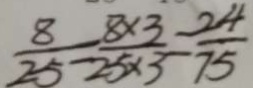
\frac { 8 } { 2 5 } = \frac { 8 \times 3 } { 2 5 \times 3 } = \frac { 2 4 } { 7 5 }